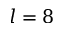
l = 8